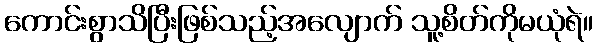
ကောင်းစွာသိပြီးဖြစ်သည့်အလျောက် သူ့စိတ်ကိုမယုံရဲ။